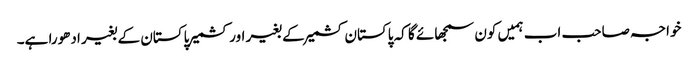
خواجہ صاحب اب ہمیں کون سمجھائے گا کہ پاکستان کشمیر کے بغیر اور کشمیر پاکستان کے بغیر ادھورا ہے۔